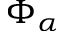
\Phi _ { \alpha }